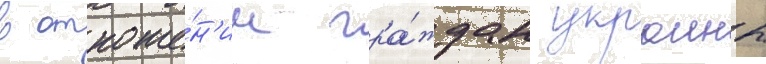
в отноше́н'ии гра́ждан украины